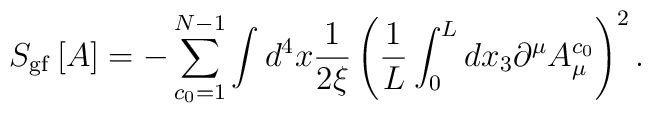
S_{\rm gf}\left[A \right] =-\sum_{c_{0}=1}^{N-1}\int d^4x\frac{1}{2 \xi} \left( \frac{1}{L}\int_0^{L} dx_3 \partial^{\mu}A_{\mu}^{c_0} \right)^2 .